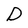
Character: D